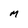
Character: M